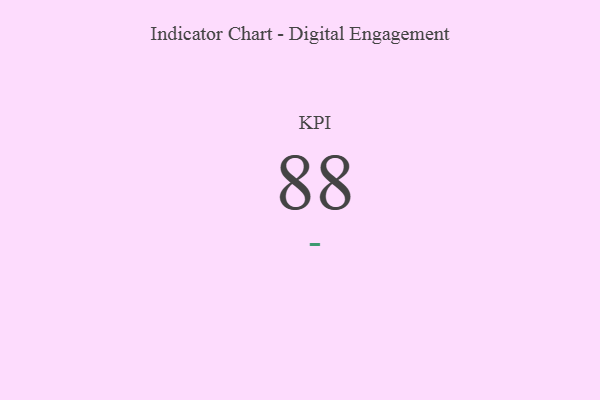
{"axis": {"x": "KPI", "y": "Value"}, "legend": [""], "data": [{"x": "KPI", "y": 88, "type": ""}]}